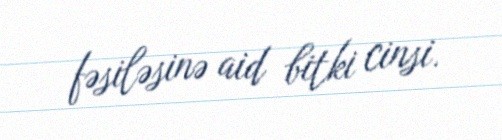
fəsiləsinə aid bitki cinsi.